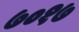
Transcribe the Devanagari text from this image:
७०१७